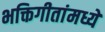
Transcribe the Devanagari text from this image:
भक्तिगीतांमध्ये